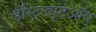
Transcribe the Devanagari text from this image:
इंस्टिट्यूटऑव